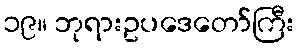
၁၉။ ဘုရားဥပဒေတော်ကြီး